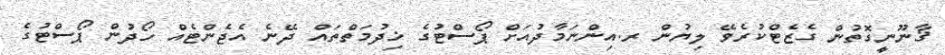
ޤާނޫނީގޮތުން ގެޒެޓްކުރެވޭ ލިޔުން ރ.އިންނަމާދުއަށް ޕޯސްޓުގެ ޚިދުމަތްތައް ދޭނެ އެޖެންޓެއް ހޯދުން ޕޯސްޓުގެ